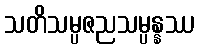
သတိသမ္ပဇညသမ္ပန္နဿ